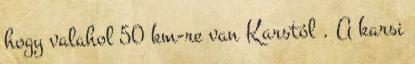
hogy valahol 50 km-re van Karstól . A karsi